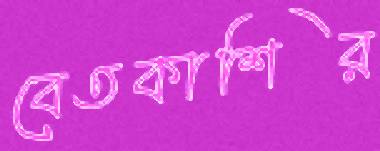
বেতকাশির